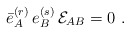
\begin{align*}\bar e^{(r)}_A \, e^{(s)}_B \, {\cal E}_{AB} =0 \, \,.\end{align*}